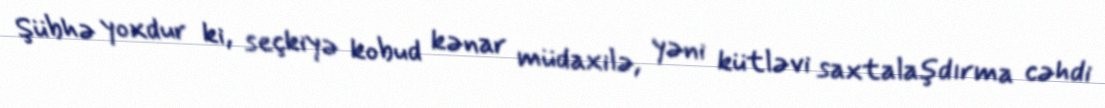
Şübhə yoxdur ki, seçkiyə kobud kənar müdaxilə, yəni kütləvi saxtalaşdırma cəhdi